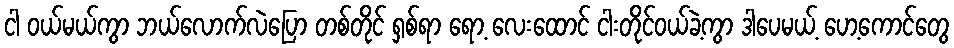
ငါ ဝယ်မယ်ကွာ ဘယ်လောက်လဲပြော တစ်တိုင် ရှစ်ရာ ရော့ လေးထောင် ငါးတိုင်ဝယ်ခဲ့ကွာ ဒါပေမယ့် ဟေ့ကောင်တွေ